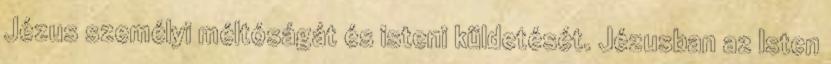
Jézus személyi méltóságát és isteni küldetését. Jézusban az Isten